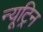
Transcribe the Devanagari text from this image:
न्यूट्रिन